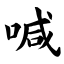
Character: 喊